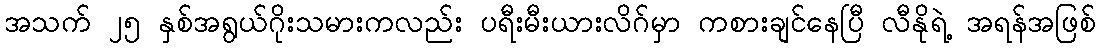
အသက် ၂၅ နှစ်အရွယ်ဂိုးသမားကလည်း ပရီးမီးယားလိဂ်မှာ ကစားချင်နေပြီ လီနိုရဲ့ အရန်အဖြစ်